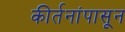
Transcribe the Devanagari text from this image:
कीर्तनांपासून